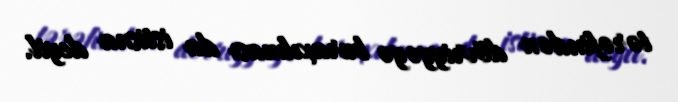
tərəfindən dövriyyəyə buraxılması da istisna deyil.